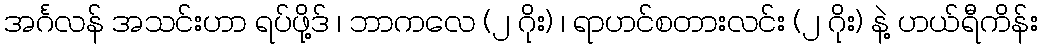
အင်္ဂလန် အသင်းဟာ ရပ်ဖို့ဒ် ၊ ဘာကလေ (၂ ဂိုး) ၊ ရာဟင်စတားလင်း (၂ ဂိုး) နဲ့ ဟယ်ရီကိန်း